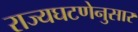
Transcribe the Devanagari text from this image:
राज्यघटणेनुसार